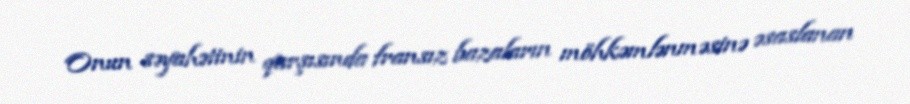
Onun səyahətinin qarşısında fransız bazaların möhkəmlənməsinə əsaslanan